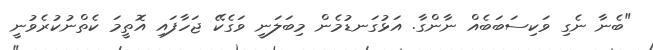
"ބެނާ ނެގި ވަކިސަބަބެއް ނާންގާ. އަޅުގަނޑުމެން މިބަލަނީ ވަގެކޭ ޖަހާފައި އޮތީމަ ކެތްނުކުރެވުނީ